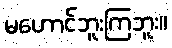
မဟောင်ဘူးကြဘူး။